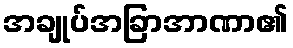
အချုပ်အခြာအာဏာ၏